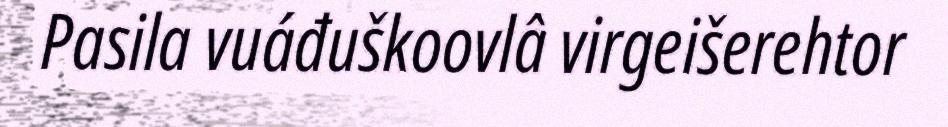
Pasila vuáđuškoovlâ virgeišerehtor